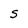
Character: S